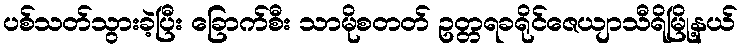
ပစ်သတ်သွားခဲ့ပြီး ခြောက်စီး သာမိုစတတ် ဥတ္တရခရိုင်ဇေယျာသီရိမြို့နယ်